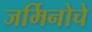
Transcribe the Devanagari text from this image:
जर्मिनोचे